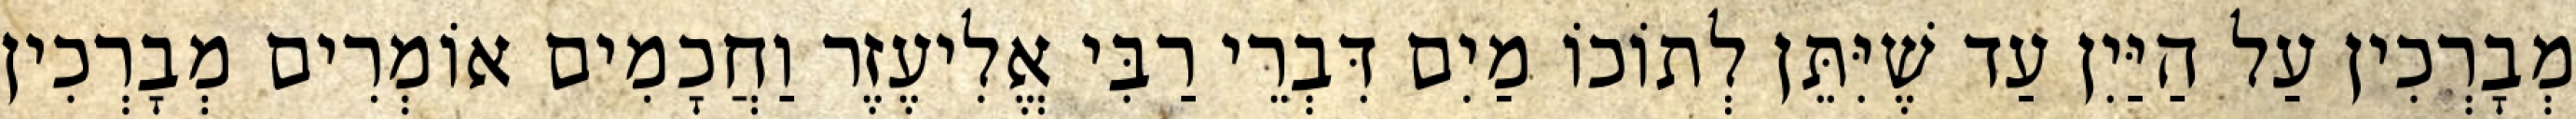
מְבָרְכִין עַל הַיַּיִן עַד שֶׁיִּתֵּן לְתוֹכוֹ מַיִם דִּבְרֵי רַבִּי אֱלִיעֶזֶר וַחֲכָמִים אוֹמְרִים מְבָרְכִין